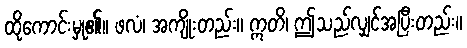
ထိုကောင်းမှု၏။ ဖလံ၊ အကျိုးတည်း။ ဣတိ၊ ဤသည်လျှင်အပြီးတည်း။